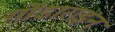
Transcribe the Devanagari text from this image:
गोंडाराइन